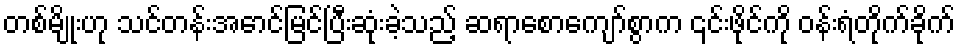
တစ်မျိုးဟု သင်တန်းအောင်မြင်ပြီးဆုံးခဲ့သည့် ဆရာစောကျော်စွာက ၎င်းဖိုင်ကို ဝန်းရံတိုက်ခိုက်